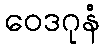
ဝေဒဂုနံ